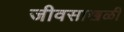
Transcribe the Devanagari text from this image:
जीवसाखळी